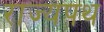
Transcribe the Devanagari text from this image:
राज्यपथ